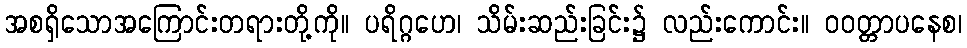
အစရှိသောအကြောင်းတရားတို့ကို။ ပရိဂ္ဂဟေ၊ သိမ်းဆည်းခြင်း၌ လည်းကောင်း။ ဝဝတ္တာပနေစ၊